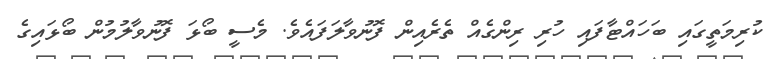
ކުރިމަތީގައި ބަހައްޓާފައި ހުރި ރިންގެއް ތެރެއިން ފޮނުވާލަފައެވެ. މެސީ ބޯޅަ ފޮނުވާލުމުން ބޯޅައިގެ